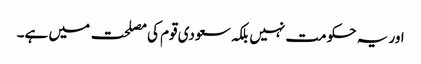
اور یہ حکومت نہیں بلکہ سعودی قوم کی مصلحت میں ہے۔